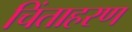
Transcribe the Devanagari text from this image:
चिंताहरण